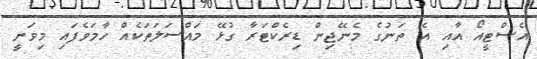
އެސްޓީއޯ އާއި އެ ތަނުގެ މެނޭޖިން ޑިރެކްޓަރާ ގުޅޭ މައްސަލަތަކެއް ހާމަވެފައި މިވަނީ